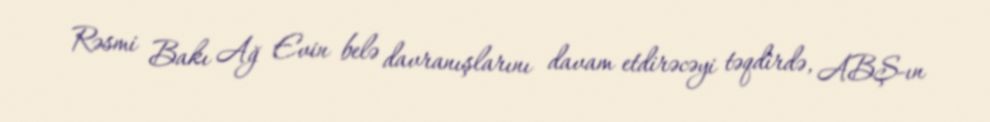
Rəsmi Bakı Ağ Evin belə davranışlarını davam etdirəcəyi təqdirdə, ABŞ-ın